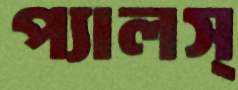
প্যালস্